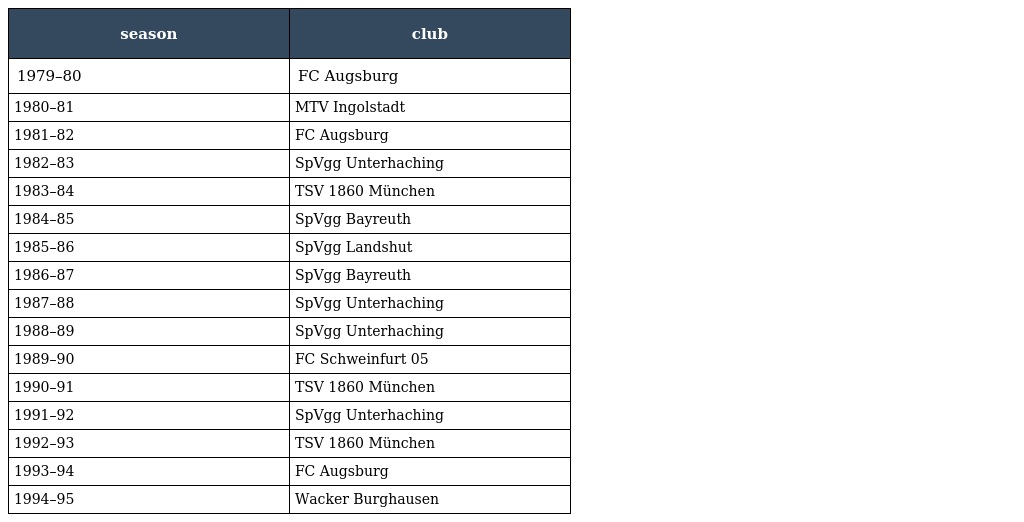
| season | club |
 | --- | --- |
 | 1979–80 | FC Augsburg |
 | 1980–81 | MTV Ingolstadt |
 | 1981–82 | FC Augsburg |
 | 1982–83 | SpVgg Unterhaching |
 | 1983–84 | TSV 1860 München |
 | 1984–85 | SpVgg Bayreuth |
 | 1985–86 | SpVgg Landshut |
 | 1986–87 | SpVgg Bayreuth |
 | 1987–88 | SpVgg Unterhaching |
 | 1988–89 | SpVgg Unterhaching |
 | 1989–90 | FC Schweinfurt 05 |
 | 1990–91 | TSV 1860 München |
 | 1991–92 | SpVgg Unterhaching |
 | 1992–93 | TSV 1860 München |
 | 1993–94 | FC Augsburg |
 | 1994–95 | Wacker Burghausen |